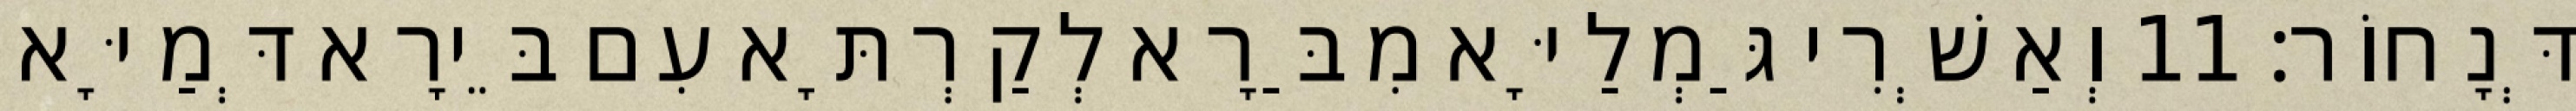
דְּנָחוֹר׃ 11 וְאַשְׁרִי גַּמְלַיָּא מִבַּרָא לְקַרְתָּא עִם בֵּירָא דְּמַיָּא